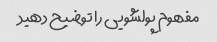
مفهوم پولشویی را توضیح دهید